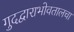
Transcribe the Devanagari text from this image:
गुदद्वाराभोवतालचा